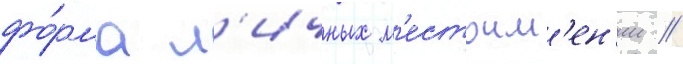
фо́рма л'ичных м'естоим'ен'ии //